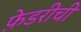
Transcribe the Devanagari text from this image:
फ़ेडरीची